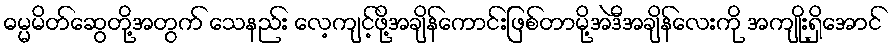
ဓမ္မမိတ်ဆွေတို့အတွက် သေနည်း လေ့ကျင့်ဖို့အချိန်ကောင်းဖြစ်တာမို့အဲဒီအချိန်လေးကို အကျိုးရှိအောင်